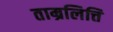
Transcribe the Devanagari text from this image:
ताम्रलित्ति